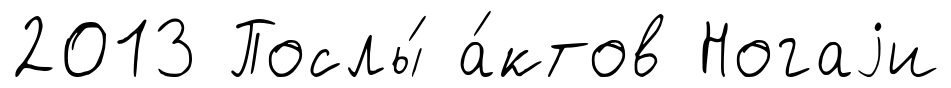
2013 Послы́ а́ктов Ногаjи